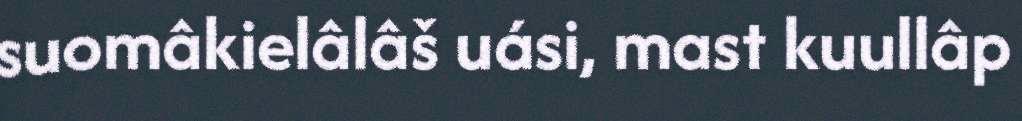
suomâkielâlâš uási, mast kuullâp